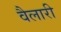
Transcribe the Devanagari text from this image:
वैलारी